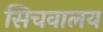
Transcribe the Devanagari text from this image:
सिचवालय